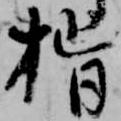
指